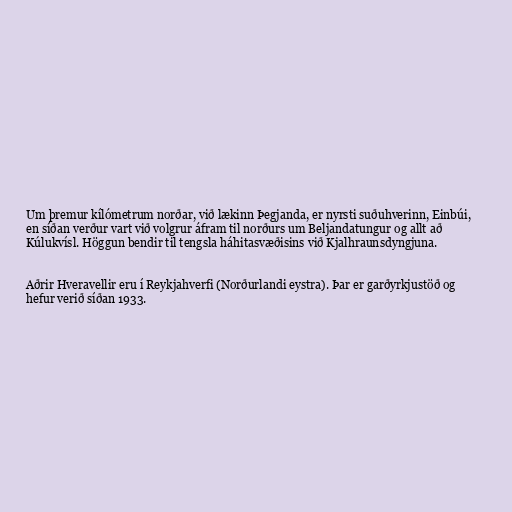
Um þremur kílómetrum norðar, við lækinn Þegjanda, er nyrsti suðuhverinn, Einbúi,
en síðan verður vart við volgrur áfram til norðurs um Beljandatungur og allt að
Kúlukvísl. Höggun bendir til tengsla háhitasvæðisins við Kjalhraunsdyngjuna.

Aðrir Hveravellir eru í Reykjahverfi (Norðurlandi eystra). Þar er garðyrkjustöð og
hefur verið síðan 1933.